Indian journal of veterinary science and animal husbandry - Volumes 18-21, 1948-1951
Year: 1948
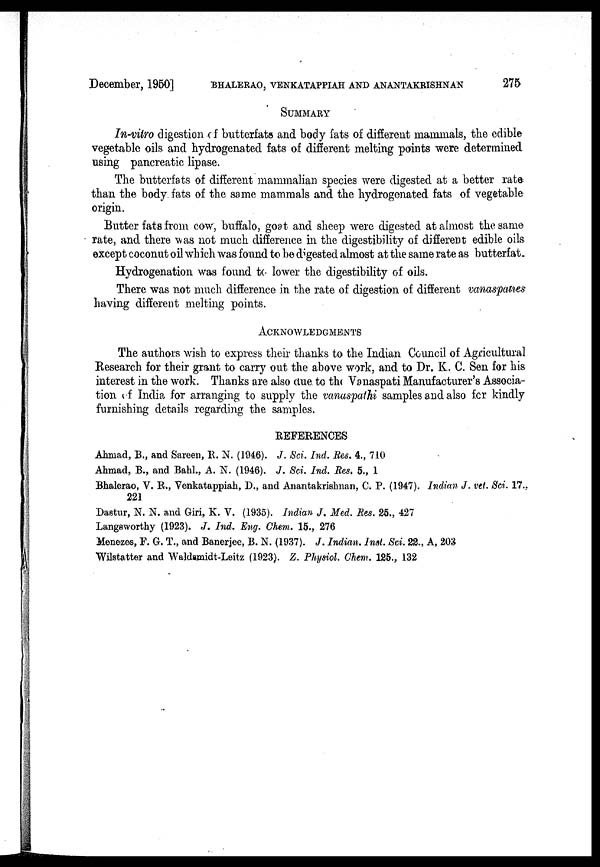
December, 1950] BHALERAO, VENKATAPPIAH AND ANANTAKRISHNAN 275
SUMMARY
In-vitro digestion of butterfats and body fats of different mammals, the edible
vegetable oils and hydrogenated fats of different melting points were determined
using pancreatic lipase.
The butterfats of different mammalian species were digested at a better rate
than the body fats of the same mammals and the hydrogenated fats of vegetable
origin.
Butter fats from cow, buffalo, goat and sheep were digested at almost the same
rate, and there was not much difference in the digestibility of different edible oils
except coconut oil which was found to be digested almost at the same rate as butterfat.
Hydrogenation was found to lower the digestibility of oils.
There was not much difference in the rate of digestion of different vanaspaties
having different melting points.
ACKNOWLEDGEMENTS
The authors wish to express their thanks to the Indian Council of Agricultural
Research for their grant to carry out the above work, and to Dr. K. C. Sen for his
interest in the work. Thanks are also due to the Vanaspati Manufacturer's Associa-
tion of India for arranging to supply the vanaspathi samples and also for kindly
furnishing details regarding the samples.
REFERENCES
Ahmad, B., and Sareen, R. N. (1946). J. Sci. Ind. Res. 4., 710
Ahmad, B., and Bahl., A. N. (1946). J. Sci. Ind. Res. 5., 1
Bhalerao, V. R., Venkatappiah, D., and Anantakrishnan, C. P. (1947). Indian J. vet. Sci. 17.,
221
Dastur, N. N. and Giri, K. V. (1935). Indian J. Med. Res. 25., 427
Langsworthy (1923). J. Ind. Eng. Chem. 15., 276
Menezes, F. G. T., and Banerjee, B. N. (1937). J. Indian. Inst. Sci. 22., A, 203
Wilstatter and Waldsmidt-Leitz (1923). Z. Physiol. Chem. 125., 132